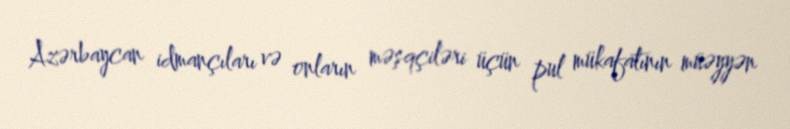
Azərbaycan idmançıları və onların məşqçiləri üçün pul mükafatının müəyyən